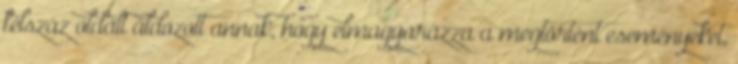
félszáz oldalt áldozott annak, hogy elmagyarázza a megtörtént eseményeket,